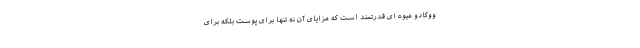
ووکادو میوه ای قدرتمند است که مزایای آن نه تنها برای پوست بلکه برای